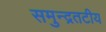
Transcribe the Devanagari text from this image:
समुन्द्रतटीय